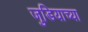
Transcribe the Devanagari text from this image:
जुडियाच्या